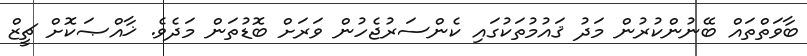
ބާވަތްތައް ބޭނުންކުރުން މަދު ޤައުމުތަކުގައި ކެންސަރުޖެހުން ވަރަށް ބޮޑުތަން މަދެވެ. ޚާއްޞަކޮށް ޗީޒް